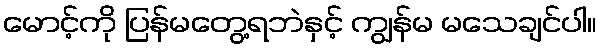
မောင့်ကို ပြန်မတွေ့ရဘဲနှင့် ကျွန်မ မသေချင်ပါ။